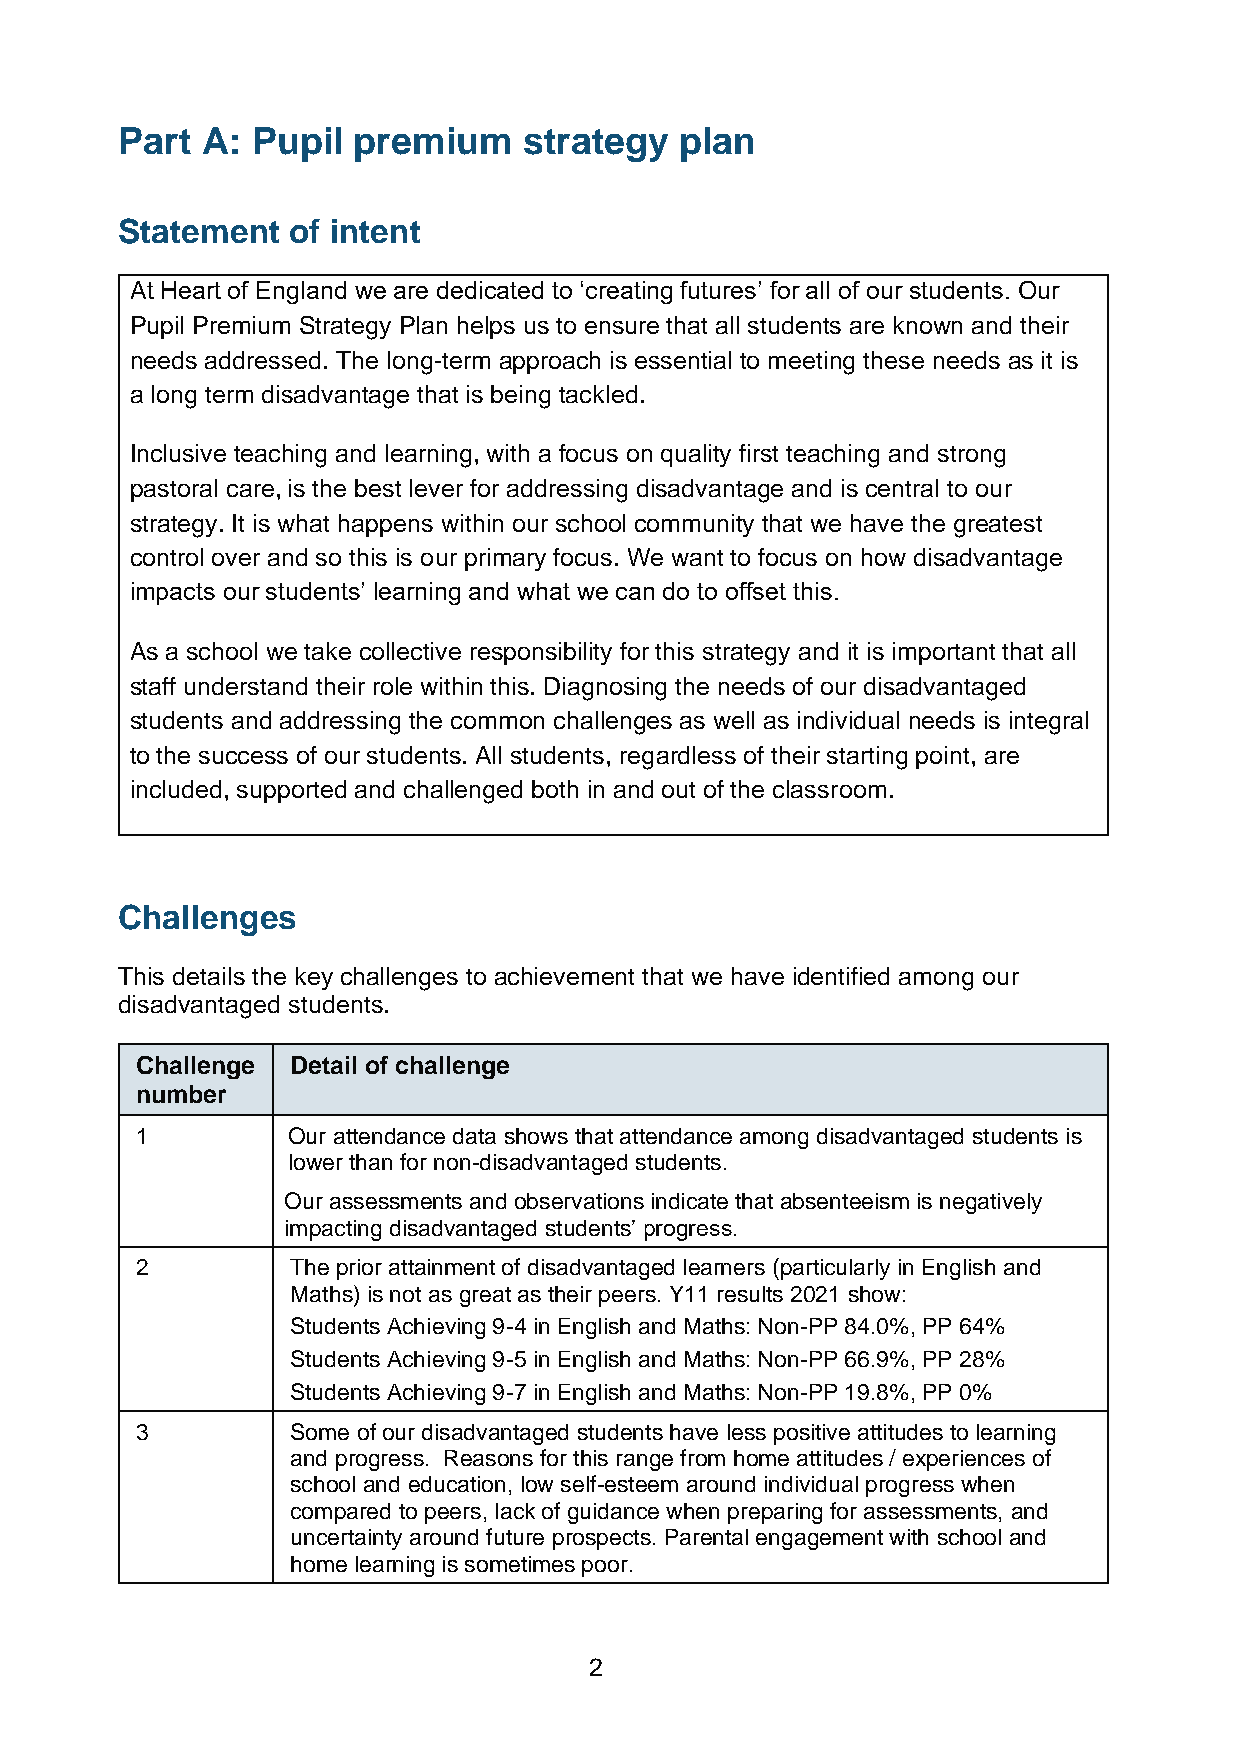
Part A:  Pupil premium     strategy  plan
 Statement  of intent
 At Heart of England we are dedicated to ‘creating futures’ for all of our students. Our
 Pupil Premium Strategy Plan helps us to ensure that all students are known and their
 needs addressed. The long-term approach is essential to meeting these needs as it is
 a long term disadvantage that is being tackled.
 Inclusive teaching and learning, with a focus on quality first teaching and strong
 pastoral care, is the best lever for addressing disadvantage and is central to our
 strategy. It is what happens within our school community that we have the greatest
 control over and so this is our primary focus. We want to focus on how disadvantage
 impacts our students’ learning and what we can do to offset this.
 As a school we take collective responsibility for this strategy and it is important that all
 staff understand their role within this. Diagnosing the needs of our disadvantaged
 students and addressing the common challenges as well as individual needs is integral
 to the success of our students. All students, regardless of their starting point, are
 included, supported and challenged both in and out of the classroom.
 Challenges
 This details the key challenges to achievement that we have identified among our
 disadvantaged students.
 Challenge Detail of challenge
 number
 1         Our attendance data shows that attendance among disadvantaged students is
 lower than for non-disadvantaged students.
 Our assessments and observations indicate that absenteeism is negatively
 impacting disadvantaged students’ progress.
 2         The prior attainment of disadvantaged learners (particularly in English and
 Maths) is not as great as their peers. Y11 results 2021 show:
 Students Achieving 9-4 in English and Maths: Non-PP 84.0%, PP 64%
 Students Achieving 9-5 in English and Maths: Non-PP 66.9%, PP 28%
 Students Achieving 9-7 in English and Maths: Non-PP 19.8%, PP 0%
 3         Some of our disadvantaged students have less positive attitudes to learning
 and progress. Reasons for this range from home attitudes / experiences of
 school and education, low self-esteem around individual progress when
 compared to peers, lack of guidance when preparing for assessments, and
 uncertainty around future prospects. Parental engagement with school and
 home learning is sometimes poor.
 2